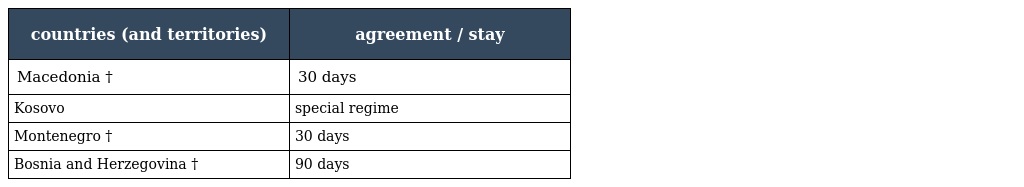
| countries (and territories) | agreement / stay |
 | --- | --- |
 | Macedonia † | 30 days |
 | Kosovo | special regime |
 | Montenegro † | 30 days |
 | Bosnia and Herzegovina † | 90 days |